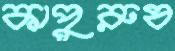
কাপুরুষ